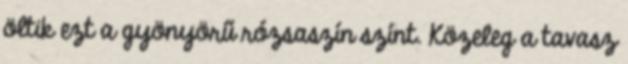
öltik ezt a gyönyörű rózsaszín színt. Közeleg a tavasz